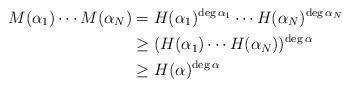
LaTeX: \begin{align*}M(\alpha_1)\cdots M(\alpha_N) & = H(\alpha_1)^{\deg\alpha_1}\cdots H(\alpha_N)^{\deg\alpha_N}\\& \geq (H(\alpha_1)\cdots H(\alpha_N))^{\deg\alpha} \\& \geq H(\alpha)^{\deg\alpha}\end{align*}